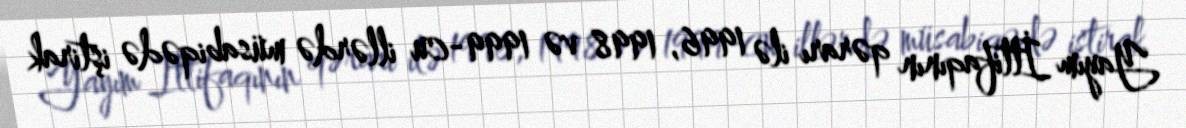
Yayım İttifaqının qərarı ilə 1996, 1998 və 1999-cu illərdə müsabiqədə iştirak